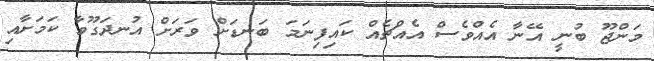
މަންޖޫ ބުނީ އޭނާ އެއްވެސް އެއްޗެއް ކައިފިނަމަ ބަނޑަށް ވަރަށް އުނދަގޫވާ ކަމަށާއި